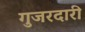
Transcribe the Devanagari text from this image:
गुजरदारी